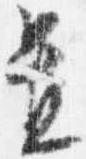
置